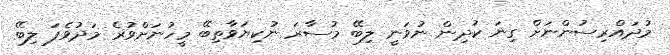
މުދައްރިސުންނަށް ގިނަ ކުދިން ނުވަނީ ލިބޭ މުސާރަ ނުކިޔަވާތިބޭ މީހުނަށްވުރެ މަދުވެފަ ލިބޭ